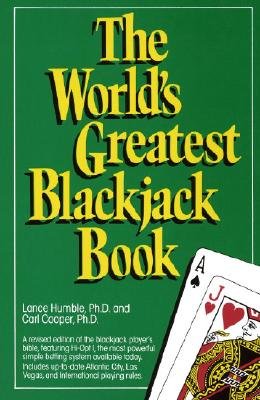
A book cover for The World Greatest Blackjack BookÂ Â  [WORLDS GREATEST BLACKJAC] [Paperback]; Lance Humble; Humor & Entertainment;